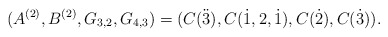
\begin{align*} (A^{(2)},B^{(2)} ,G_{3,2}, G_{4,3})=(C(\ddot3),C(\dot1,2,\dot1),C(\dot2),C(\dot3)). \end{align*}